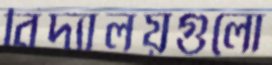
বিদ্যালয়গুলো